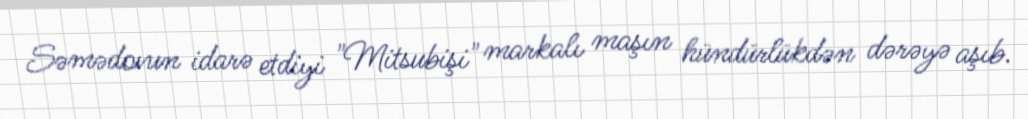
Səmədovun idarə etdiyi "Mitsubişi" markalı maşın hündürlükdən dərəyə aşıb.